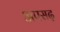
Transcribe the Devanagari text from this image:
अपसढ़